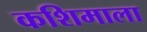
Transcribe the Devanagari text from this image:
कशिमाला